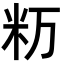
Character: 𥸯